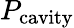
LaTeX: P_{\mathrm{cavity}}